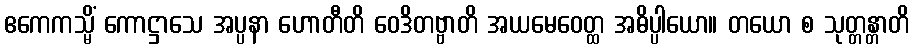
ဧကေကသ္မိံ ကောဋ္ဌာသေ အပ္ပနာ ဟောတီတိ ဝေဒိတဗ္ဗာတိ အယမေဝေတ္ထ အဓိပ္ပါယော။ တယော စ သုတ္တန္တာတိ